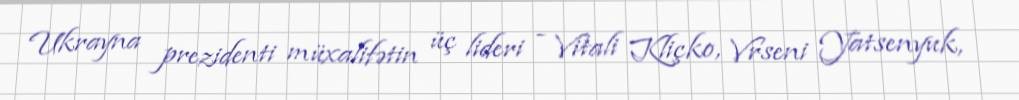
Ukrayna prezidenti müxalifətin üç lideri - Vitali Kliçko, Vrseni Yatsenyuk,